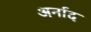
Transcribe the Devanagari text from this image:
अर्नाद